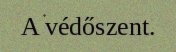
A védőszent.